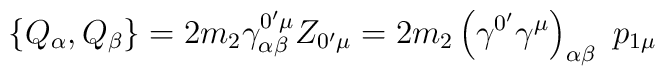
\left\{ Q_\alpha ,Q_\beta \right\} =2m_2\gamma _{\alpha \beta }^{0^{\prime}\mu }Z_{0^{\prime }\mu }=2m_2\left( \gamma ^{0^{\prime }}\gamma ^\mu\right) _{\alpha \beta }\,\,p_{1\mu }